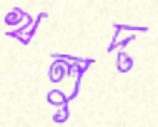
খলুদ